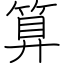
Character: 算